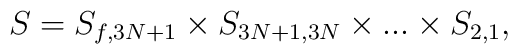
S = S_{f,3N+1} \times S_{3N+1,3N} \times ... \times S_{2,1},